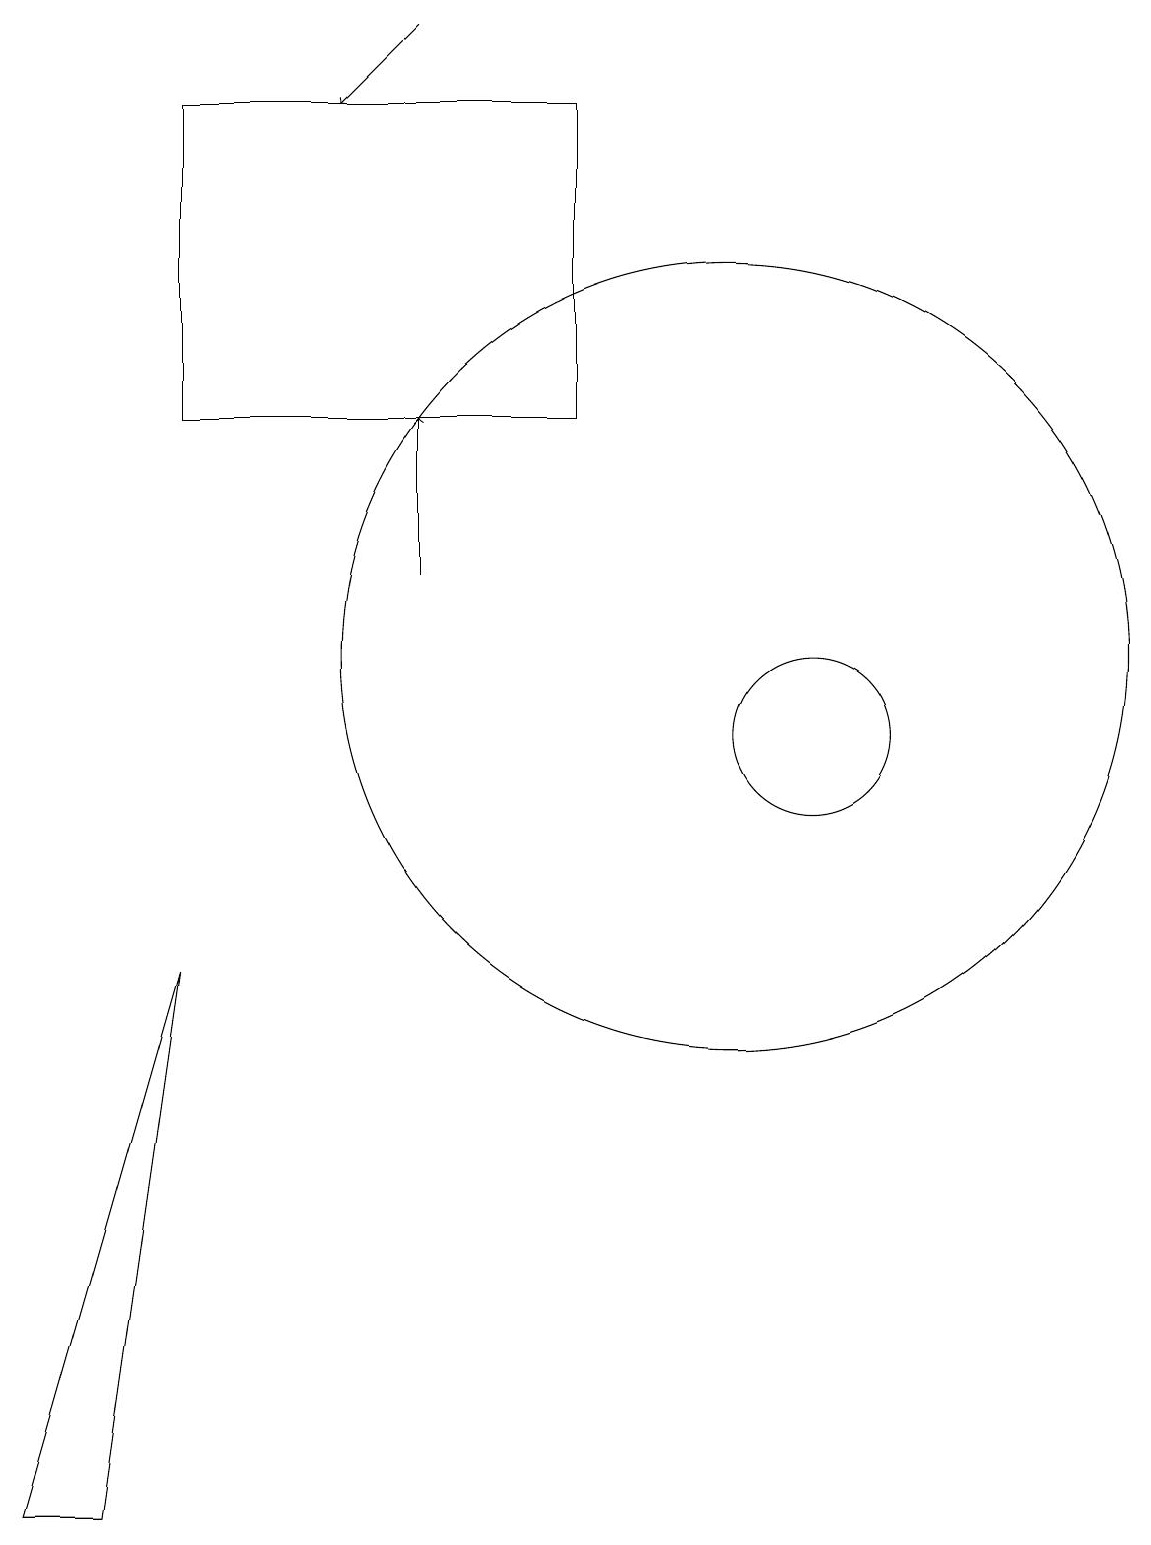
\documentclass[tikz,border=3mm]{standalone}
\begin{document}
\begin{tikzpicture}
\draw (12,10) circle (1);
\draw (11,11) circle (0);
\draw (4,7) -- (3,0) -- (2,0) -- cycle;
\draw (4,18) rectangle (9,14);
\draw (11,11) circle (5);
\draw[->] (7,12) -- (7,14);
\draw[->] (7,19) -- (6,18);
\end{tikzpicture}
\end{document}